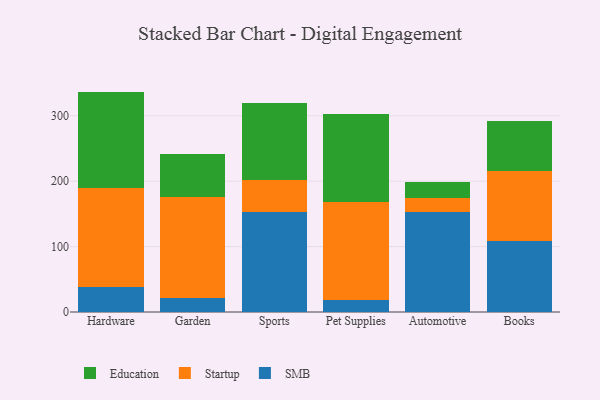
{"axis": {"x": "Category", "y": "Website Visitors"}, "legend": ["Education", "SMB", "Startup"], "data": [{"x": "Hardware", "y": 38.5, "type": "SMB"}, {"x": "Hardware", "y": 151.0, "type": "Startup"}, {"x": "Hardware", "y": 147.4, "type": "Education"}, {"x": "Garden", "y": 22.0, "type": "SMB"}, {"x": "Garden", "y": 153.5, "type": "Startup"}, {"x": "Garden", "y": 66.1, "type": "Education"}, {"x": "Sports", "y": 153.3, "type": "SMB"}, {"x": "Sports", "y": 48.3, "type": "Startup"}, {"x": "Sports", "y": 117.5, "type": "Education"}, {"x": "Pet Supplies", "y": 19.1, "type": "SMB"}, {"x": "Pet Supplies", "y": 149.1, "type": "Startup"}, {"x": "Pet Supplies", "y": 135.0, "type": "Education"}, {"x": "Automotive", "y": 153.5, "type": "SMB"}, {"x": "Automotive", "y": 20.4, "type": "Startup"}, {"x": "Automotive", "y": 24.3, "type": "Education"}, {"x": "Books", "y": 108.4, "type": "SMB"}, {"x": "Books", "y": 107.5, "type": "Startup"}, {"x": "Books", "y": 76.3, "type": "Education"}]}